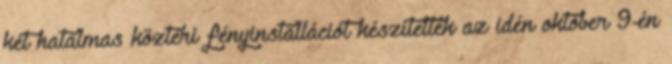
két hatalmas köztéri fényinstallációt készítettek az idén október 9-én